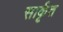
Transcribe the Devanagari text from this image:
सार्कृत